Theory and practice of anti-rabic immunisation - Number 30
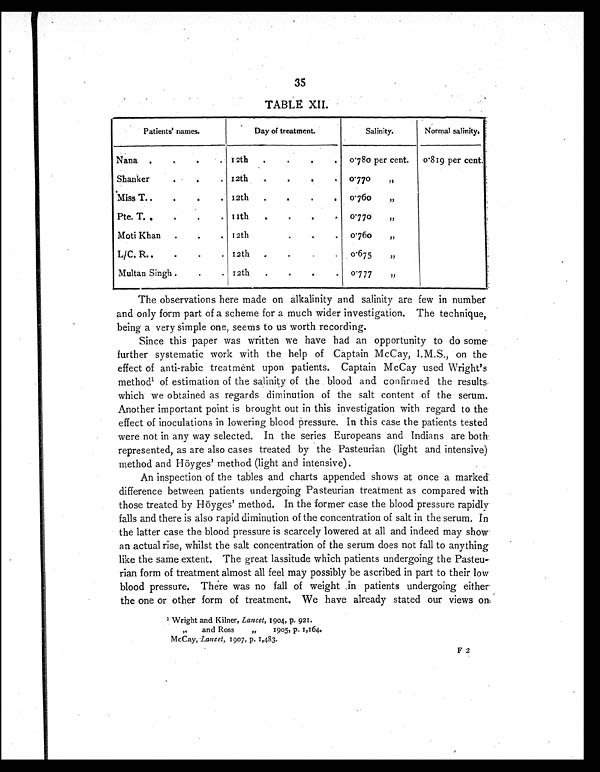
35
TABLE XII.
Patients' names.
Day of treatment.
Salinity.
Normal salinity.
Nana
.
.
.
12th
.
.
.
0.780 per cent.
0.819 per cent.
Shanker
.
.
. 12th
.
.
. 0.770
„
Miss T.
.
.
. 12th
.
.
.
0.760
„
Pte. T.
.
.
. 11th
.
.
.
0.770
, ,
Moti Khan
.
.
. 12th
.
.
0.760 „
L/C. R.
.
.
. 12th
.
.
. .
0.675
, ,
Multan Singh .
.
. 12th
.
.
.
.
0.777 , ,
The observations here made on alkalinity and salinity are few in number
and only form part of a scheme for a much wider investigation. The technique,
being a very simple one, seems to us worth recording.
Since this paper was written we have had an opportunity to do some
further systematic work with the help of Captain McCay, I.M.S., on the
effect of anti-rabic treatment upon patients. Captain McCay used Wright's
method1 of estimation of the salinity of the blood and confirmed the results.
which we obtained as regards diminution of the salt content of the serum.
Another important point is brought out in this investigation with regard to the
effect of inoculations in lowering blood pressure. In this case the patients tested
were not in any way selected. In the series Europeans and Indians are both
represented, as are also cases treated by the Pasteurian (light and intensive)
method and Höyges' method (light and intensive).
An inspection of the tables and charts appended shows at once a marked
difference between patients undergoing Pasteurian treatment as compared with
those treated by Höyges' method. In the former case the blood pressure rapidly
falls and there is also rapid diminution of the concentration of salt in the serum. In
the latter case the blood pressure is scarcely lowered at all and indeed may show
an actual rise, whilst the salt concentration of the serum does not fall to anything
like the same extent. The great lassitude which patients undergoing the Pasteu-
rian form of treatment almost all feel may possibly be ascribed in part to their low
blood pressure. There was no fall of weight in patients undergoing either
the one or other form of treatment. We have already stated our views on
1 Wright and Kilner, Lancet, 1904, p. 921.
, ,
a n d R o s s
„
1 9 0 5 , p . 1 , 1 6 4 .
McCay, Lancet, 1907, p. 1,483.
F 2